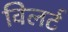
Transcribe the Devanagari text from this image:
विलर्ट